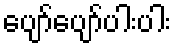
ပျော်ပျော်ပါးပါး